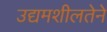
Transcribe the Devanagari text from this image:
उद्यमशीलतेने